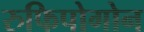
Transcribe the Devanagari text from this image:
रुफिपोगोन